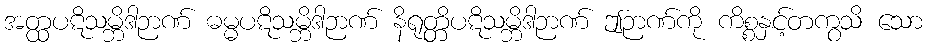
အတ္ထပဋိသမ္ဘိဒါဉာဏ် ဓမ္မပဋိသမ္ဘိဒါဉာဏ် နိရုတ္တိပဋိသမ္ဘိဒါဉာဏ် ဤဉာဏ်ကို ကိစ္စနှင့်တကွသိ သော